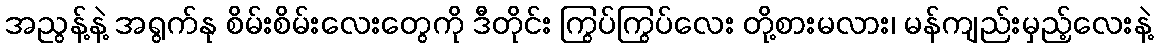
အညွန့်နဲ့ အရွက်နု စိမ်းစိမ်းလေးတွေကို ဒီတိုင်း ကြွပ်ကြွပ်လေး တို့စားမလား၊ မန်ကျည်းမှည့်လေးနဲ့